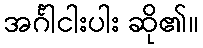
အင်္ဂါငါးပါး ဆို၏။